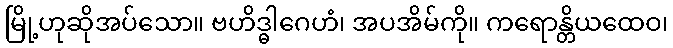
မြို့ဟုဆိုအပ်သော။ ဗဟိဒ္ဓါဂေဟံ၊ အပအိမ်ကို။ ကရောန္တိယထေဝ၊